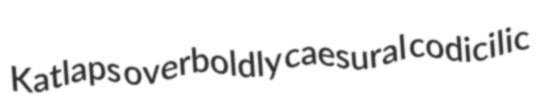
Katlaps overboldly caesural codicilic